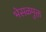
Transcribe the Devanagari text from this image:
भेसळमुक्त